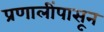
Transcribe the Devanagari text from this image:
प्रणालींपासून